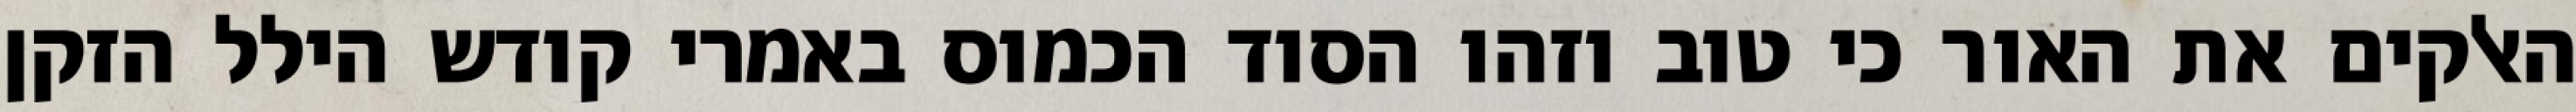
האלקים את האור כי טוב וזהו הסוד הכמוס באמרי קודש הילל הזקן